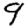
Digit: 9